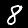
Label: 8